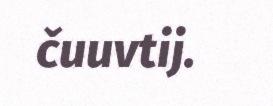
čuuvtij.